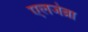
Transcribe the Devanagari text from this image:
एलजेब्रा